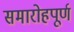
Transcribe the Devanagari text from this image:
समारोहपूर्ण